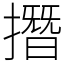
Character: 撍